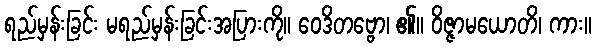
ရည်မှန်းခြင်း မရည်မှန်းခြင်းအပြားကို။ ဝေဒိတဗ္ဗော၊ ၏။ ဝိဇ္ဇာမယောတိ၊ ကား။